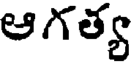
ఆగత్య